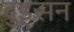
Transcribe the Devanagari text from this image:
वुड्सन